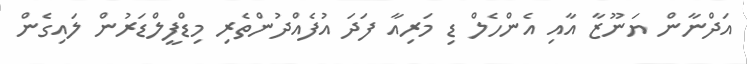
އަދްނާން ޔަނޫޒާ އާއި އެންހެލް ޑި މަރިއާ ފަދަ އުފެެއްދުންތެރި މިޑްފީލްޑަރުން ލައިގެން